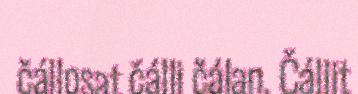
čállosat čálli čálan. Čállit